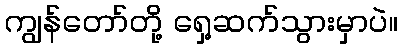
ကျွန်တော်တို့ ရှေ့ဆက်သွားမှာပဲ။